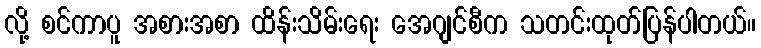
လို့ စင်ကာပူ အစားအစာ ထိန်းသိမ်းရေး အေဂျင်စီက သတင်းထုတ်ပြန်ပါတယ်။